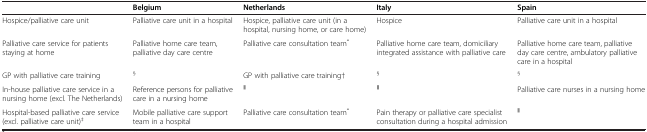
<table><thead><tr><td><b> </b></td><td><b>Belgium</b></td><td><b>Netherlands</b></td><td><b>Italy</b></td><td><b>Spain</b></td></tr></thead><tbody><tr><td>Hospice/palliative care unit</td><td>Palliative care unit in a hospital</td><td>Hospice, palliative care unit (in a hospital, nursing home, or care home)</td><td>Hospice</td><td>Palliative care unit in a hospital</td></tr><tr><td>Palliative care service for patients staying at home</td><td>Palliative home care team, palliative day care centre</td><td>Palliative care consultation team<sup>*</sup></td><td>Palliative home care team, domiciliary integrated assistance with palliative care</td><td>Palliative home care team, palliative day care centre, ambulatory palliative care in a hospital</td></tr><tr><td>GP with palliative care training</td><td><sup>§</sup></td><td>GP with palliative care training†</td><td><sup>§</sup></td><td><sup>§</sup></td></tr><tr><td>In-house palliative care service in a nursing home (excl. The Netherlands)</td><td>Reference persons for palliative care in a nursing home</td><td><sup>‖</sup></td><td><sup>‖</sup></td><td>Palliative care nurses in a nursing home</td></tr><tr><td>Hospital-based palliative care service (excl. palliative care unit)<sup>‡</sup></td><td>Mobile palliative care support team in a hospital</td><td>Palliative care consultation team<sup>*</sup></td><td>Pain therapy or palliative care specialist consultation during a hospital admission</td><td><sup>‖</sup></td></tr></tbody></table>